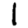
Digit: 1